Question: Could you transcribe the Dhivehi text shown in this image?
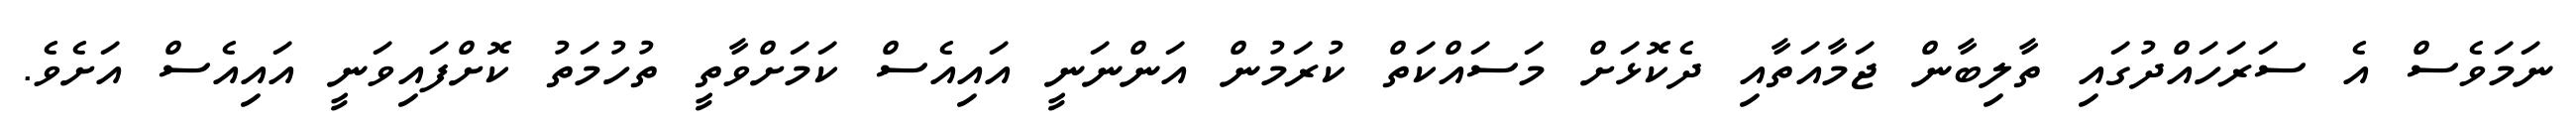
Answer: ނަމަވެސް އެ ސަރަހައްދުގައި ތާލިބާން ޖަމާއަތާއި ދެކޮޅަށް މަސައްކަތް ކުރަމުން އަންނަނީ އައިއެސް ކަމަށްވާތީ ތުހުމަތު ކޮށްފައިވަނީ އައިއެސް އަށެވެ.